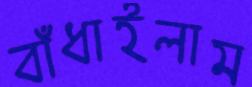
বাঁধাইলাম